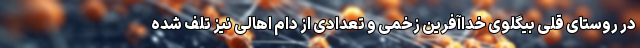
در روستای قلی بیگلوی خداآفرین زخمی و تعدادی از دام اهالی نیز تلف شده